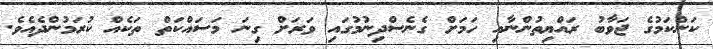
ކަންކަމުގެ ޖަވާބު ރައްޔިތުންނާއި ހަމަށް ގެނެސްދިނުމުގައި ވަރަށް ގިނަ މަސައްކަތް ތަކެއް ކުރަމުންދެއެވެ.